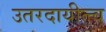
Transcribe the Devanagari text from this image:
उतरदायीत्त्व